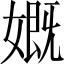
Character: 𡠣